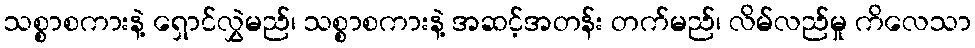
သစ္စာစကားနဲ့ ရှောင်လွှဲမည်၊ သစ္စာစကားနဲ့ အဆင့်အတန်း တက်မည်၊ လိမ်လည်မှု ကိလေသာ